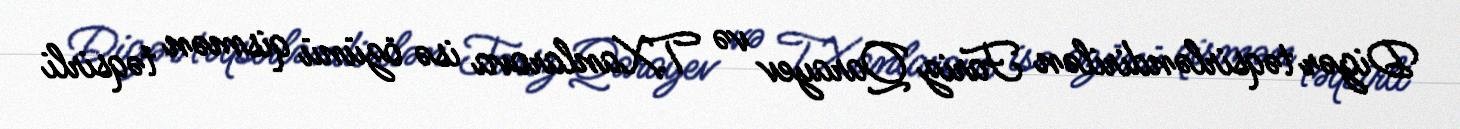
Digər təqsirləndirilən Fariz Qarayev və T.Xanlarova isə özünü qismən təqsirli